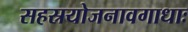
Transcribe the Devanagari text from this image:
सहस्रयोजनावगाधाः